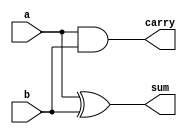
module ha(
 input a,b,
 output sum,carry
);

   assign sum = a ^b;
   assign carry =  a &b;
   
endmodule